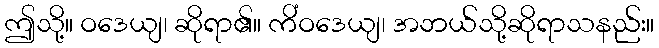
ဤသို့။ ဝဒေယျ၊ ဆိုရာ၏။ ကိံဝဒေယျ၊ အဘယ်သို့ဆိုရာသနည်း။